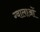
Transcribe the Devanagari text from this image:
ग्वालाओं